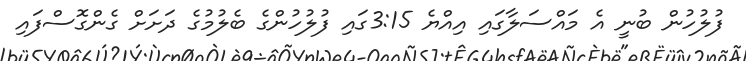
ފުލުހުން ބުނީ އެ މައްސަލާގައި އިއްޔެ 3:15ގައި ފުލުހުންގެ ބެލުމުގެ ދަށަށް ގެންގޮސްފައި